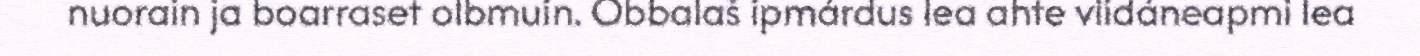
nuorain ja boarraset olbmuin. Obbalaš ipmárdus lea ahte viidáneapmi lea